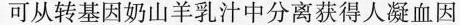
可从转基因奶山羊乳汁中分离获得人凝血因